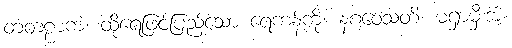
တံတဠာကံ၊ ထိုရေဖြင့်ပြည့်သော ရေကန်ကို။ နဂဝေသတိ၊ မရှာမှီးအံ့။